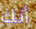
أنك